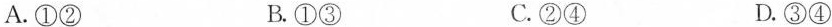
A.①② B.①③ C.②④ D.③④